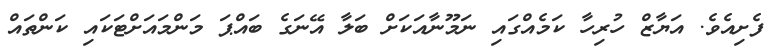
ފެށިއެވެ. އަޔާޒް ހުރިހާ ކަމެއްގައި ނަމޫނާއަކަށް ބަލާ އޭނަގެ ބައްޕަ މަންމައަށްޓަކައި ކަންތައް